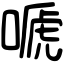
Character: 嗁